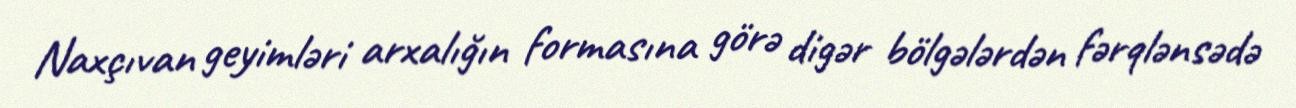
Naxçıvan geyimləri arxalığın formasına görə digər bölgələrdən fərqlənsədə